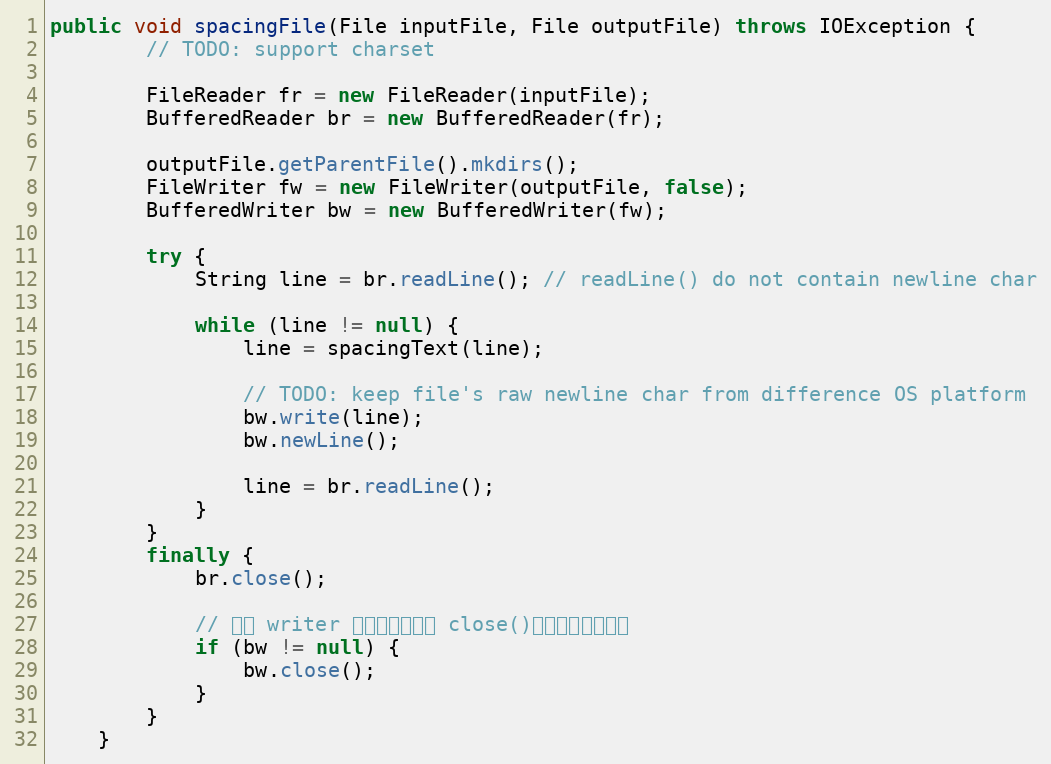
Language: Java
public void spacingFile(File inputFile, File outputFile) throws IOException {
        // TODO: support charset

        FileReader fr = new FileReader(inputFile);
        BufferedReader br = new BufferedReader(fr);

        outputFile.getParentFile().mkdirs();
        FileWriter fw = new FileWriter(outputFile, false);
        BufferedWriter bw = new BufferedWriter(fw);

        try {
            String line = br.readLine(); // readLine() do not contain newline char

            while (line != null) {
                line = spacingText(line);

                // TODO: keep file's raw newline char from difference OS platform
                bw.write(line);
                bw.newLine();

                line = br.readLine();
            }
        }
        finally {
            br.close();

            // 避免 writer 沒有實際操作就 close()，產生一個空檔案
            if (bw != null) {
                bw.close();
            }
        }
    }